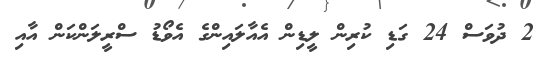
2 ދުވަސް 24 ގަޑި ކުރިން ލީޑިން އެއާލައިންގެ އެވޯޑު ސްރީލަންކަން އާއި